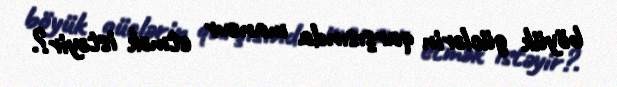
böyük güclərin qarşısında manevr etmək istəyir?.